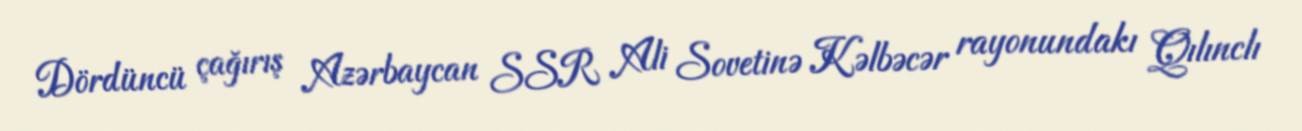
Dördüncü çağırış Azərbaycan SSR Ali Sovetinə Kəlbəcər rayonundakı Qılınclı